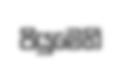
පියුමෙහි